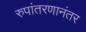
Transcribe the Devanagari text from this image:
रुपांतरणानंतर